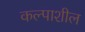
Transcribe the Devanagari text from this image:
कल्पाशील